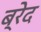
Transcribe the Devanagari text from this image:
ब्रेद